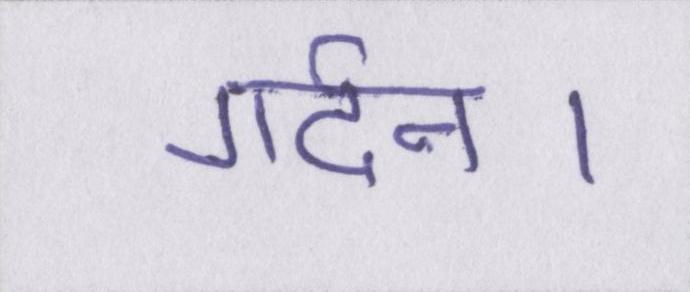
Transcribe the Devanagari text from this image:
गर्दन।